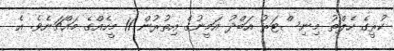
ކުރީގެ ހެލްތު މިނިސްޓަރު އަބްދު އަމީނުގެ އިތުރުން 11 މީހެއްގެ މައްޗަށެވެ. އެ